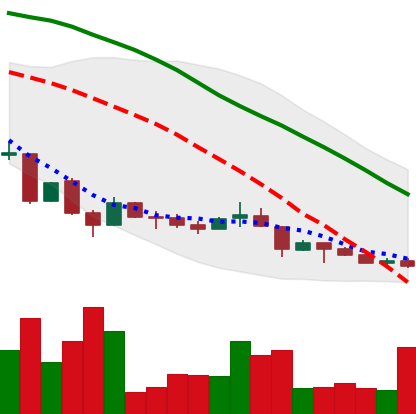
Ticker: LINK-USD
Chart end date: 2018-06-28
Forward return: 42.243%
Label: up_7plus